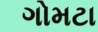
ગોમટા